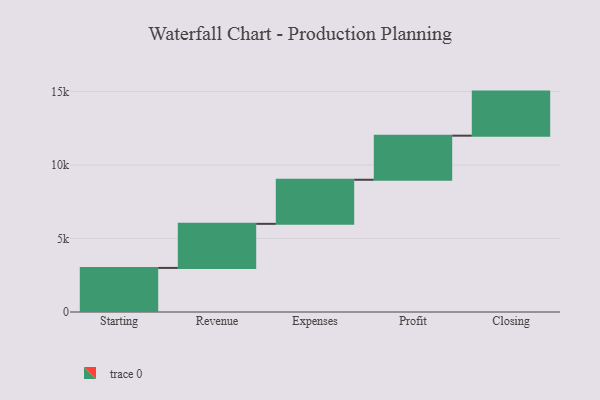
{"axis": {"x": "Step", "y": "Value"}, "legend": [""], "data": [{"x": "Starting", "y": 3000, "type": ""}, {"x": "Revenue", "y": 3000, "type": ""}, {"x": "Expenses", "y": 3000, "type": ""}, {"x": "Profit", "y": 3000, "type": ""}, {"x": "Closing", "y": 3000, "type": ""}]}